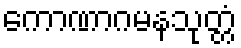
ကောဏာဂမနသုတ္တံ